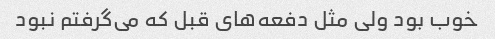
خوب بود ولی مثل دفعه‌های قبل که می‌گرفتم نبود